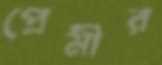
প্রেমীর